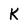
Character: K